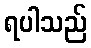
ရပါသည်